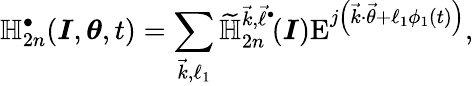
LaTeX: \mathbb{H}_{2n}^{\bullet}(\boldsymbol{I},\boldsymbol{\theta},t)=\sum_{\substack{\vec{k},\ell_{1}}}\widetilde{\mathbb{H}}_{2n}^{\vec{k},\vec{\ell}^{\bullet}}\! (\boldsymbol{I})\mathrm{E}^{j\left(\vec{k}\cdot\vec{\theta}+\ell_{1}\phi_{1}(t)\right)},